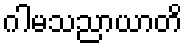
ဂါမသညာယာတိ